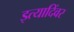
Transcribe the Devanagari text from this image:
इत्यादिंवर